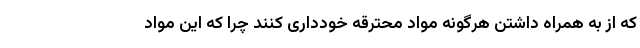
که از به همراه داشتن هرگونه مواد محترقه خودداری کنند چرا که این مواد